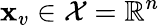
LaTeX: \textbf{x}_{v}\in\mathcal{X}=\mathbb{R}^{n}